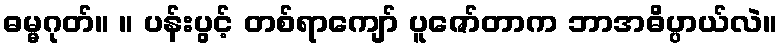
ဓမ္မဂုတ်။ ။ ပန်းပွင့် တစ်ရာကျော် ပူဇော်တာက ဘာအဓိပ္ပာယ်လဲ။